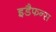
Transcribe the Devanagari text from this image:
इडैफन्स